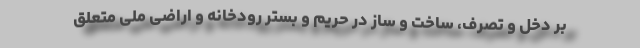
بر دخل و تصرف، ساخت و ساز در حریم و بستر رودخانه و اراضی ملی متعلق